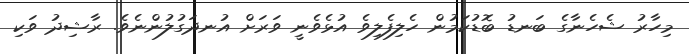
މިހާރު ޝެހެނާގެ ބަނޑު ބޮޑުކަމުން ހެލިފެލިވެ އުޅެވެނީ ވަރަށް އުނދަގުލުންނެވެ. ރާޝިދު ވަކި